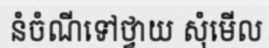
នំចំណីទៅថ្វាយ សុំមើល